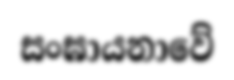
සංඝායනාවේ